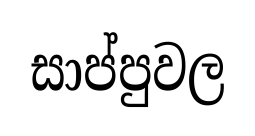
සාප්පුවල